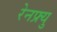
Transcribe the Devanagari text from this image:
रेनफ्र्यु